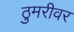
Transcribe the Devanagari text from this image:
ठुमरीवर